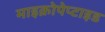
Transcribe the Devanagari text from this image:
माइक्रोपेप्टाइड